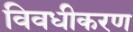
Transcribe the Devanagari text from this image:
विवधीकरण